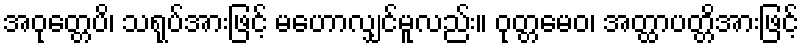
အဝုတ္တေပိ၊ သရုပ်အားဖြင့် မဟောလျှင်မူလည်း။ ဝုတ္တမေဝ၊ အတ္ထာပတ္တိအားဖြင့်